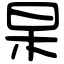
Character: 杲